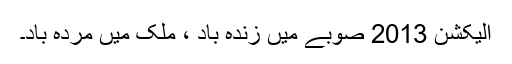
الیکشن 2013 صوبے میں زندہ باد ، ملک میں مردہ باد۔